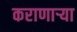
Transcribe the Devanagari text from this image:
कराणाऱ्या